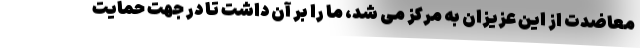
معاضدت از این عزیزان به مرکز می شد، ما را بر آن داشت تا در جهت حمایت